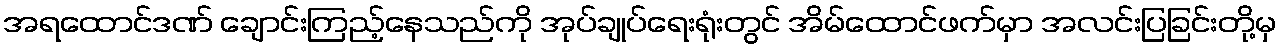
အရထောင်ဒဏ် ချောင်းကြည့်နေသည်ကို အုပ်ချုပ်ရေးရုံးတွင် အိမ်ထောင်ဖက်မှာ အလင်းပြခြင်းတို့မှ